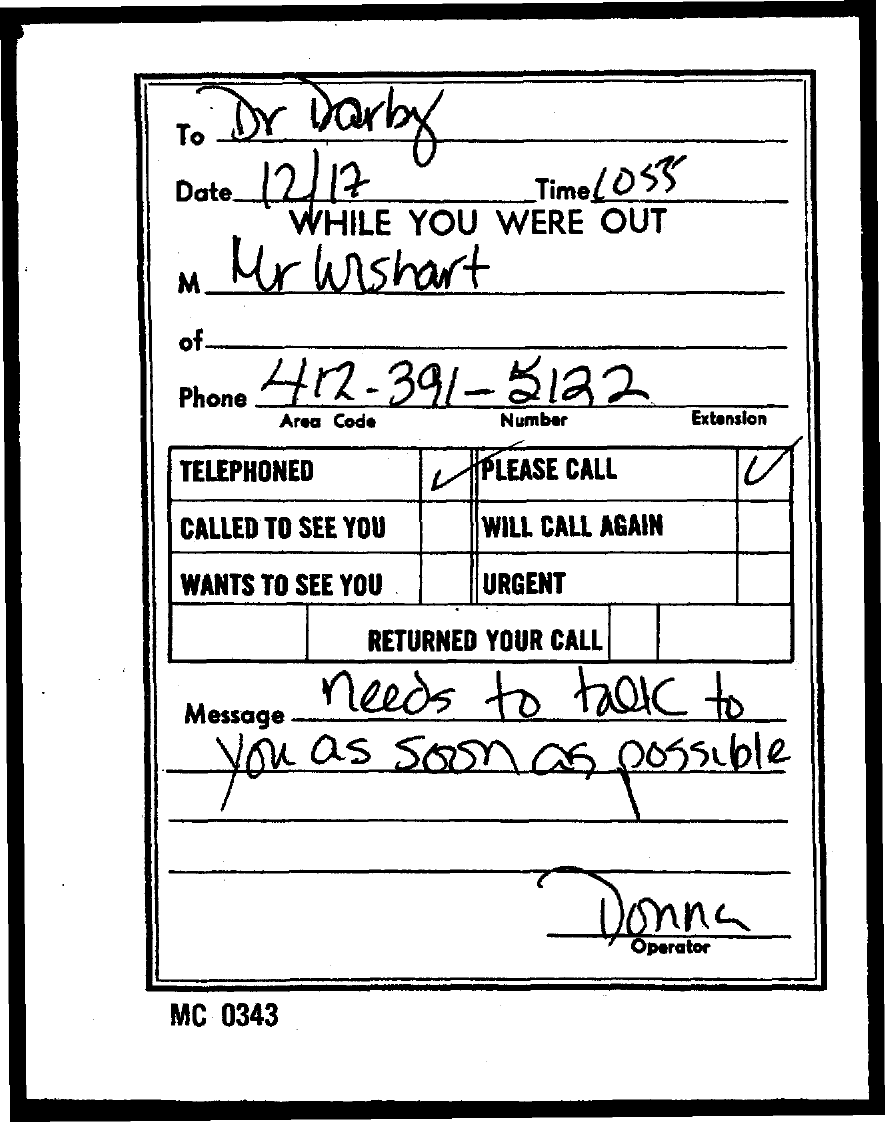
Dr  Darby
     To
     Date 12/17    Time ( 053
     WHILE  YOU  WERE  OUT
     Mr  wishart
     M
     of-
     412-391-5122
     Phone
     Area Code   Number    Extension
     TELEPHONED    PLEASE CALL
     CALLED TO SEE YOU WILL CALL AGAIN
     WANTS TO SEE YOU URGENT
     RETURNED YOUR CALL
     needs    to   talk   to
     Message
     you as   soon    as  possible
     Donna
     Operator
     MC 0343